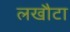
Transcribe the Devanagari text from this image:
लखौटा